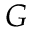
G